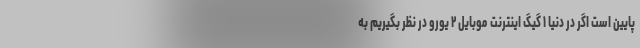
پایین است اگر در دنیا ۱ گیگ اینترنت موبایل ۲ یورو در نظر بگیریم به